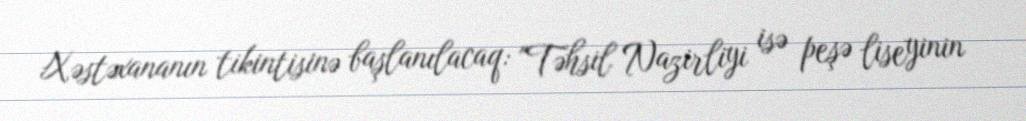
Xəstəxananın tikintisinə başlanılacaq: "Təhsil Nazirliyi isə peşə liseyinin